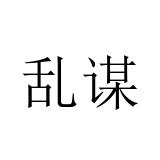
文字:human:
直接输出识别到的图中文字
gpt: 乱谋